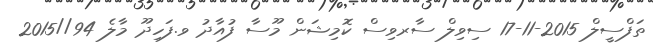
ތަފްސީލް 2015-11-17 ސިވިލް ސާރވިސް ކޮމިޝަން މޫސާ ފުއާދު ވ.ފަހިދޫ މާލެ 94//2015